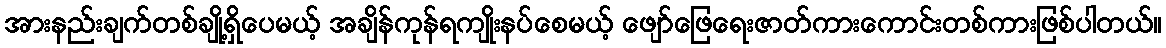
အားနည်းချက်တစ်ချို့ရှိပေမယ့် အချိန်ကုန်ရကျိုးနပ်စေမယ့် ဖျော်ဖြေရေးဇာတ်ကားကောင်းတစ်ကားဖြစ်ပါတယ်။